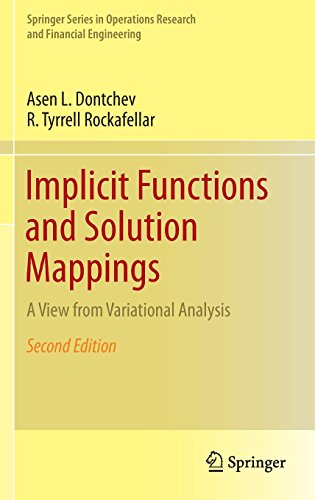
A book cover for Implicit Functions and Solution Mappings: A View from Variational Analysis (Springer Series in Operations Research and Financial Engineering); Asen L. Dontchev; Science & Math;